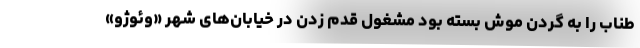
طناب را به گردن موش بسته بود مشغول قدم زدن در خیابان‌های شهر «وئوژو»